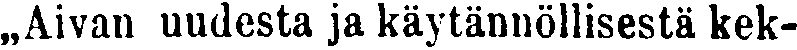
,,Aivan uudesta ja käytännöllisestä kek-